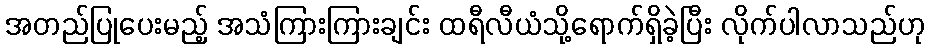
အတည်ပြုပေးမည့် အသံကြားကြားချင်း ထရီလီယံသို့ရောက်ရှိခဲ့ပြီး လိုက်ပါလာသည်ဟု